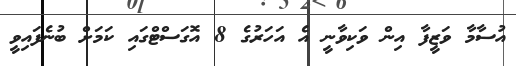
އުސާމާ ވަޒީފާ އިން ވަކިވާނީ އެ އަހަރުގެ 8 އޮގަސްޓްގައި ކަމަށް ބުނެފައިވީ